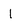
Character: l